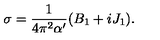
\sigma = \frac 1 { 4 \pi ^ { 2 } \alpha ^ { \prime } } ( B _ { 1 } + i J _ { 1 } ) .